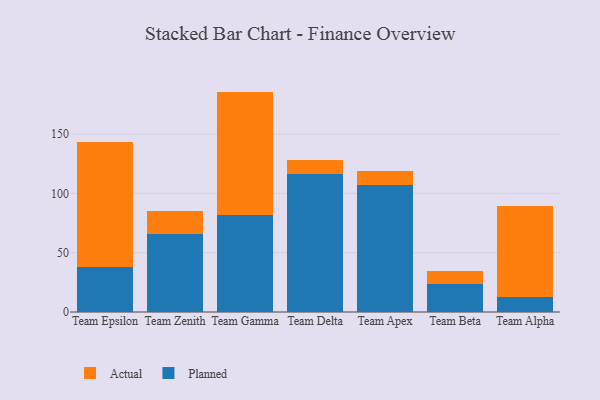
{"axis": {"x": "Team", "y": "Operating Costs (USD K)"}, "legend": ["Actual", "Planned"], "data": [{"x": "Team Epsilon", "y": 38.3, "type": "Planned"}, {"x": "Team Epsilon", "y": 105.0, "type": "Actual"}, {"x": "Team Zenith", "y": 65.4, "type": "Planned"}, {"x": "Team Zenith", "y": 20.0, "type": "Actual"}, {"x": "Team Gamma", "y": 81.9, "type": "Planned"}, {"x": "Team Gamma", "y": 103.8, "type": "Actual"}, {"x": "Team Delta", "y": 116.3, "type": "Planned"}, {"x": "Team Delta", "y": 12.0, "type": "Actual"}, {"x": "Team Apex", "y": 107.4, "type": "Planned"}, {"x": "Team Apex", "y": 11.3, "type": "Actual"}, {"x": "Team Beta", "y": 23.8, "type": "Planned"}, {"x": "Team Beta", "y": 10.6, "type": "Actual"}, {"x": "Team Alpha", "y": 12.9, "type": "Planned"}, {"x": "Team Alpha", "y": 76.6, "type": "Actual"}]}